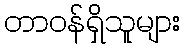
တာဝန်ရှိသူများ